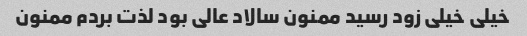
خیلی خیلی زود رسید ممنون سالاد عالی بود لذت بردم ممنون